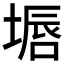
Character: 𱗜